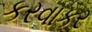
કરવાકર